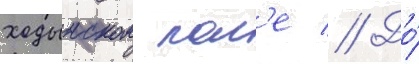
ходынском пол'е // До́